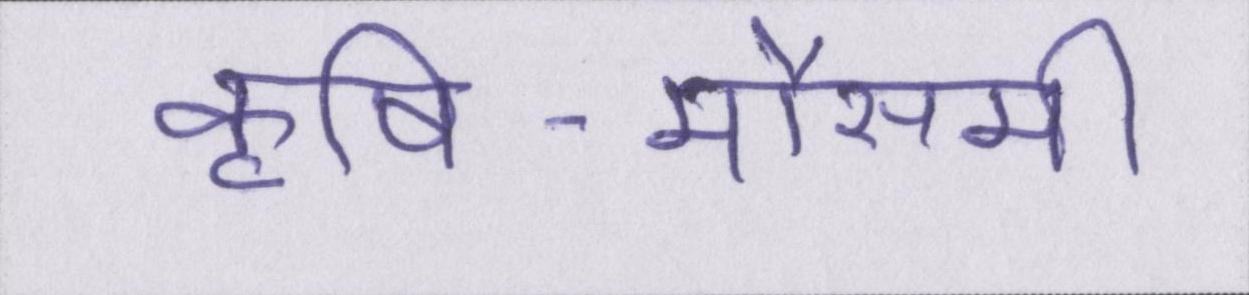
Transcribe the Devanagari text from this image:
कृषि-मौसमी